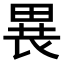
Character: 𤲐